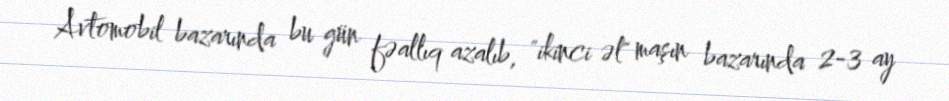
Avtomobil bazarında bu gün fəallıq azalıb, "ikinci əl" maşın bazarında 2-3 ay